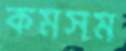
কমসম